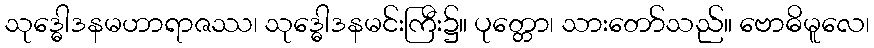
သုဒ္ဓေါဒနမဟာရာဇဿ၊ သုဒ္ဓေါဒနမင်းကြီး၌။ ပုတ္တော၊ သားတော်သည်။ ဗောဓိမူလေ၊